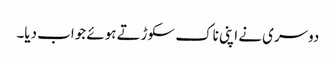
دوسری نے اپنی ناک سکوڑتے ہوئے جواب دیا۔